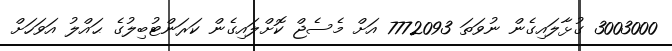
3003000 ގުޅާލައިގެން ނުވަތަ 7772093 އަށް މެސެޖް ކޮށްލައިގެން ކަރަންޓުބިލުގެ ޙައްލު އަވަހަށް